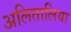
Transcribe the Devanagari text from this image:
अलितालिया